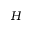
H